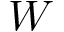
W